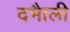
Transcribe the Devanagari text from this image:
दमाैली